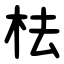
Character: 㭕